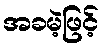
အခမဲ့ဖြင့်